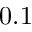
0 . 1